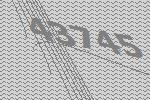
43745